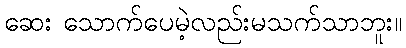
ဆေး သောက်ပေမဲ့လည်းမသက်သာဘူး။